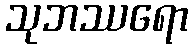
သုဘဿရော